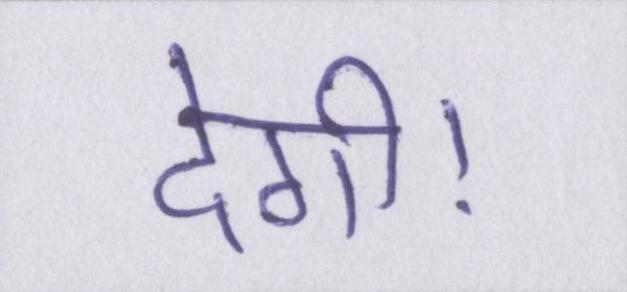
देगी।